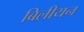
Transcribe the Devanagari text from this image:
बिलीयन